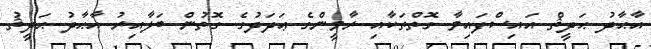
އާޙާދު ޙަދީޘް އައިސްފައިވާ ގޮތްތަކާއި ރާވީންގެ ޢަދަދުގެ ގޮތުން ބަލާއިރު އާޙާދު ޙަދީޘު